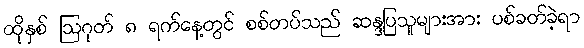
ထိုနှစ် ဩဂုတ် ၈ ရက်နေ့တွင် စစ်တပ်သည် ဆန္ဒပြသူများအား ပစ်ခတ်ခဲ့ရာ